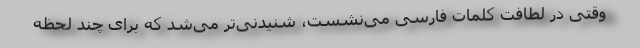
وقتی در لطافت کلمات فارسی می‌نشست، شنیدنی‌تر می‌شد که برای چند لحظه